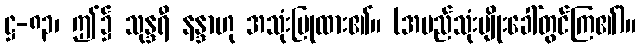
ဋ္ဌ-၈၃၊ ဤ၌ သုန္ဒရီ နန္ဒာဟု အသုံးပြုထား၏။ (အမည်သုံးမျိုးခေါ်တွင်ကြ၏)။